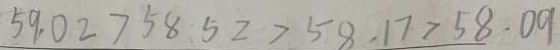
5 9 . 0 2 > 5 8 . 5 2 > 5 8 . 1 7 > 5 8 . 0 9